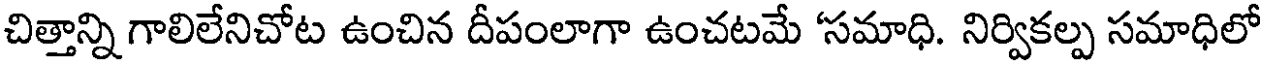
చిత్తాన్ని గాలిలేనిచోట ఉంచిన దీపంలాగా ఉంచటమే 'సమాధి. నిర్వికల్ప సమాధిలో